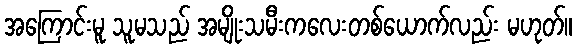
အကြောင်းမူ သူမသည် အမျိုးသမီးကလေးတစ်ယောက်လည်း မဟုတ်။